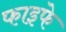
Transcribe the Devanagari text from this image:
फाइफे